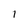
Character: l